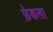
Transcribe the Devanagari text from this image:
फ़ेकला